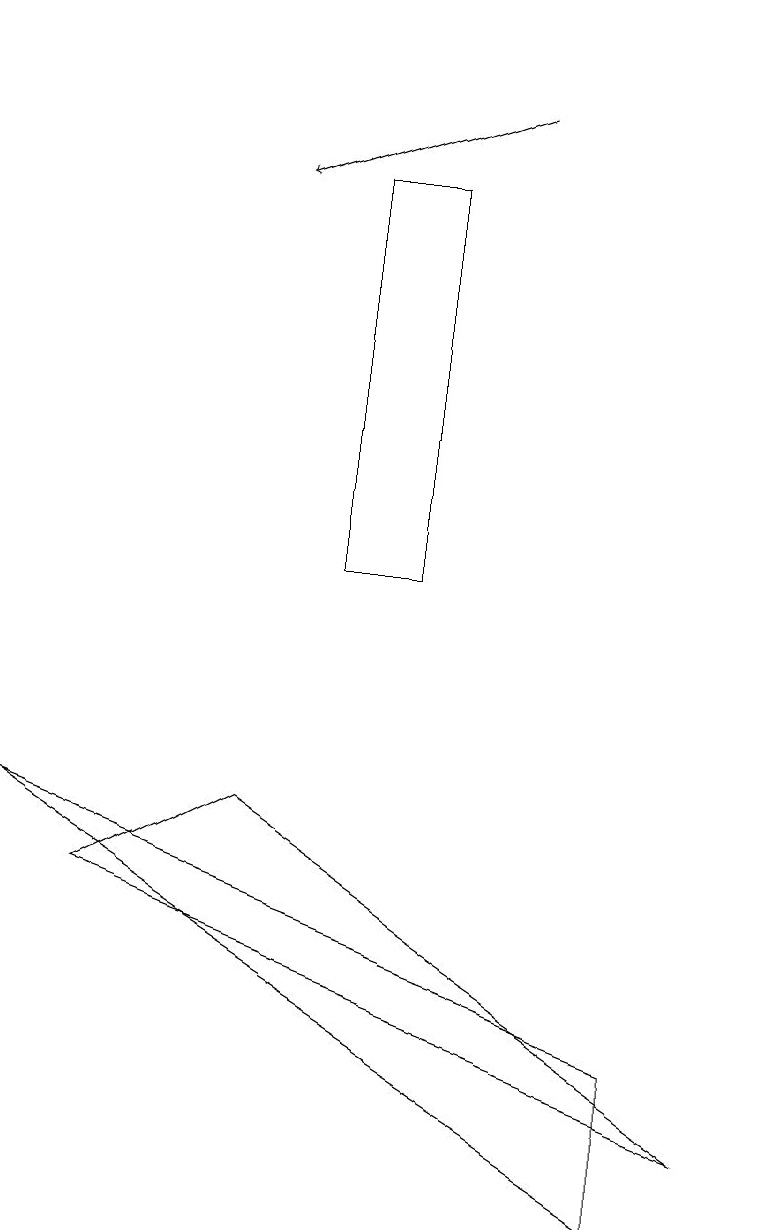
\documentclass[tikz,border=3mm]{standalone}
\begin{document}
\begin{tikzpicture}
\draw (9,5) -- (1,8) -- (3,9) -- cycle;
\draw (5,17) rectangle (4,12);
\draw (9,16) rectangle (9,19);
\draw (0,9) -- (8,4) -- (8,6) -- cycle;
\draw[->] (6,18) -- (3,17);
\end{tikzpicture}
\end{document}